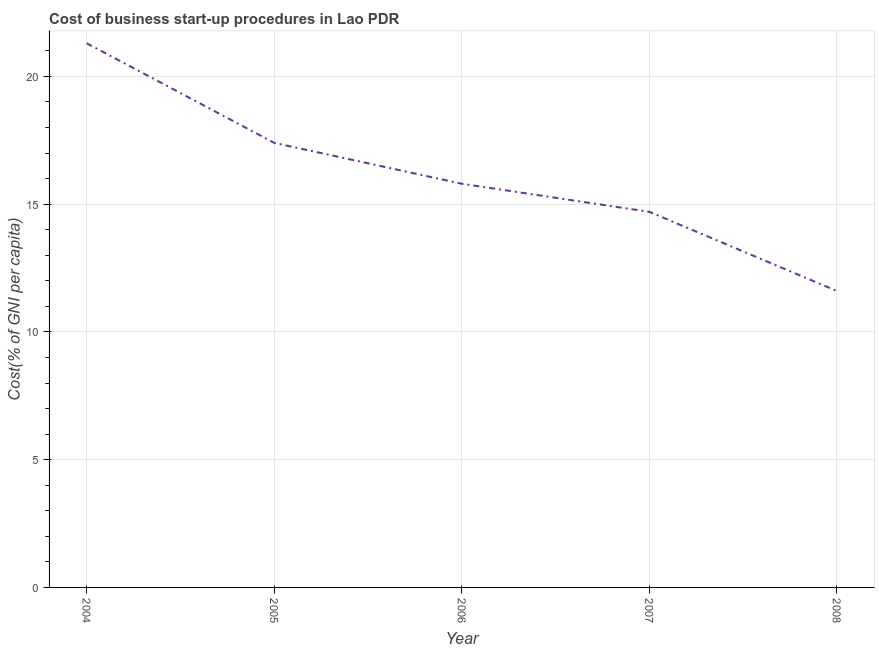
| Year | Cost |
 | --- | --- |
 | 2004 | 21.3 |
 | 2005 | 17.4 |
 | 2006 | 15.8 |
 | 2007 | 14.7 |
 | 2008 | 11.6 |